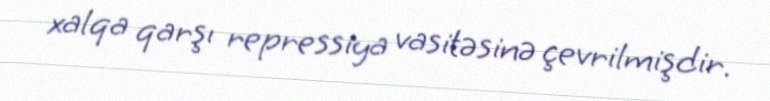
xalqa qarşı repressiya vasitəsinə çevrilmişdir.